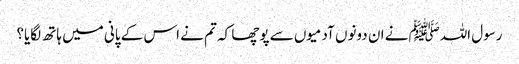
رسول اللہﷺ نے ان دونوں آدمیوں سے پوچھا کہ تم نے اس کے پانی میں ہاتھ لگایا؟